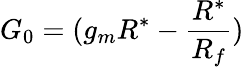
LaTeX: G_{0}=(g_{m}R^{*}-\frac{R^{*}}{R_{f}})